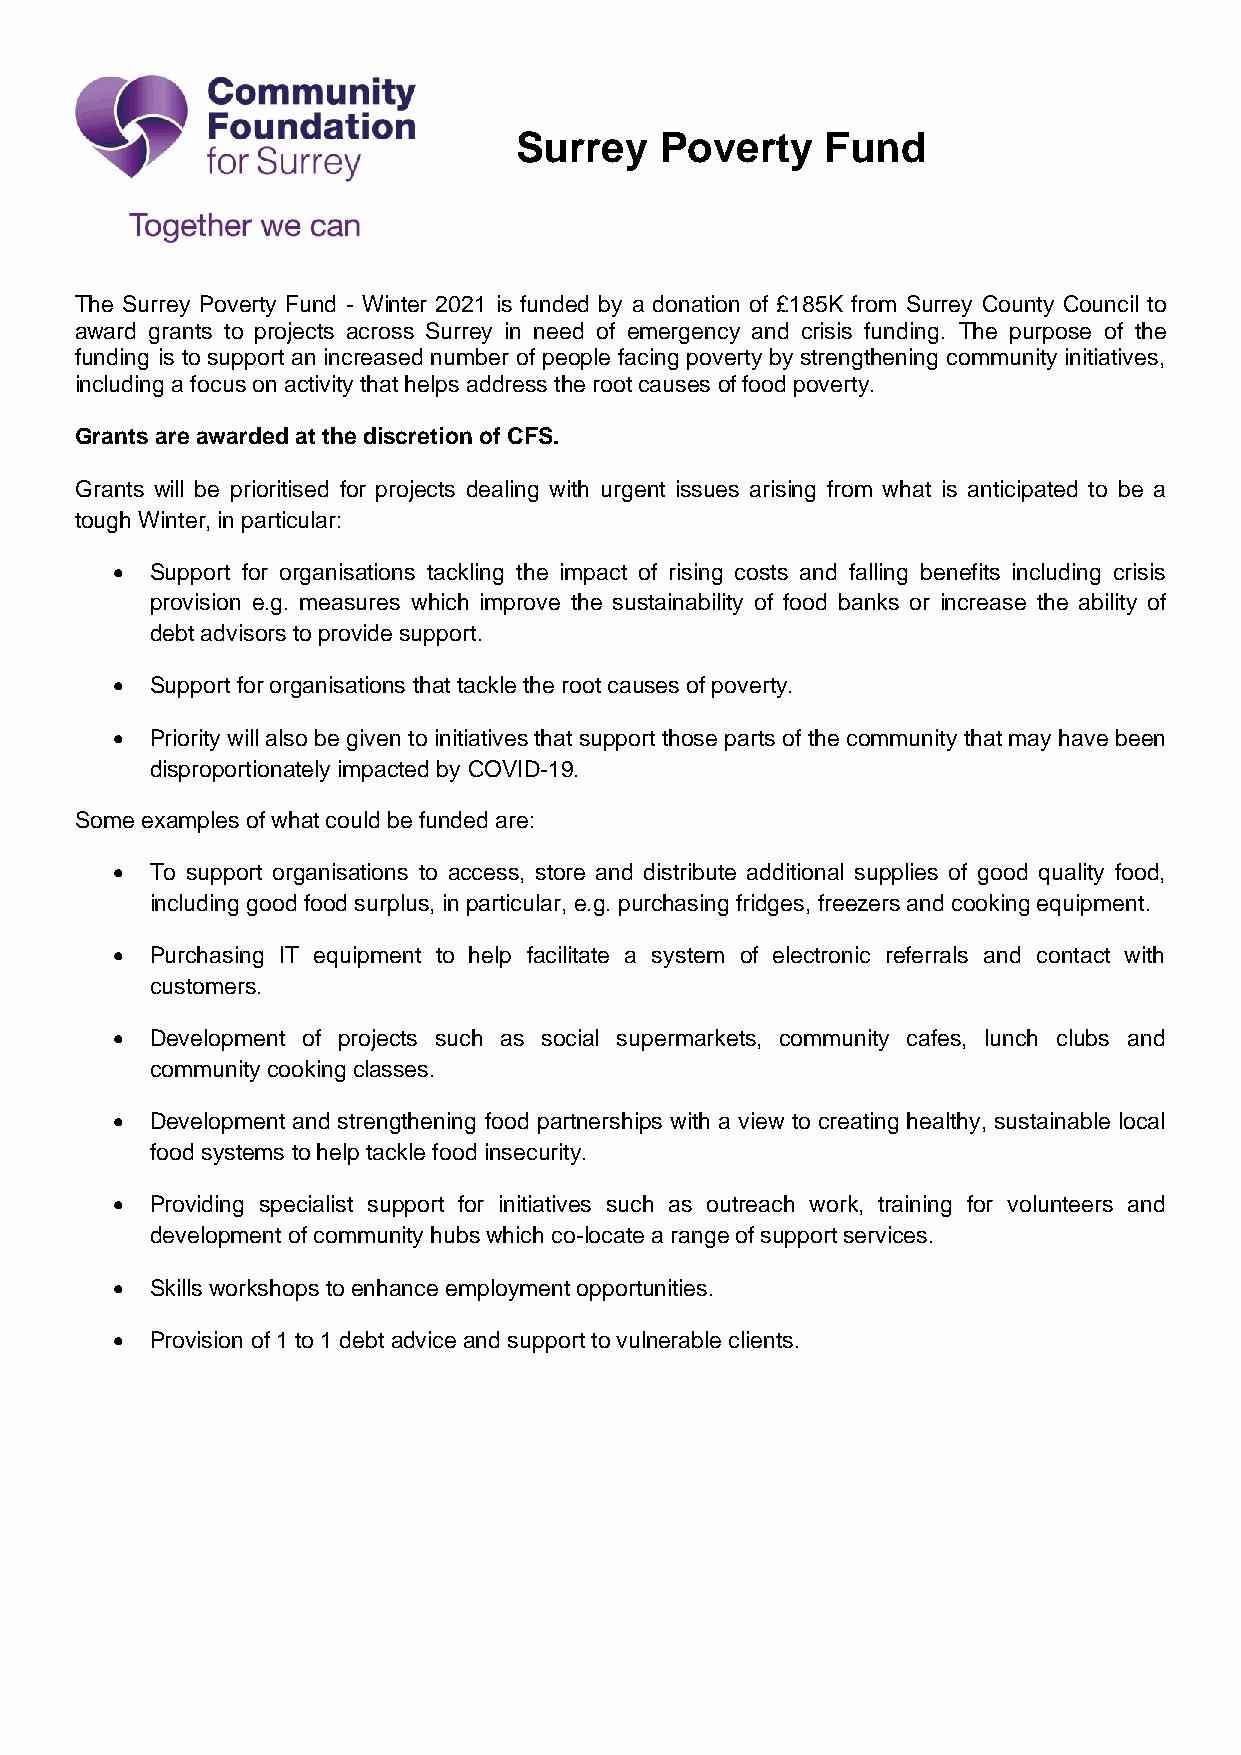
Surrey    Poverty    Fund
 The Surrey Poverty Fund - Winter 2021 is funded by a donation of £185K from Surrey County Council to
 award grants to projects across Surrey in need of emergency and crisis funding. The purpose of the
 funding is to support an increased number of people facing poverty by strengthening community initiatives,
 including a focus on activity that helps address the root causes of food poverty.
 Grants are awarded at the discretion of CFS.
 Grants will be prioritised for projects dealing with urgent issues arising from what is anticipated to be a
 tough Winter, in particular:
 •  Support for organisations tackling the impact of rising costs and falling benefits including crisis
 provision e.g. measures which improve the sustainability of food banks or increase the ability of
 debt advisors to provide support.
 •  Support for organisations that tackle the root causes of poverty.
 •  Priority will also be given to initiatives that support those parts of the community that may have been
 disproportionately impacted by COVID-19.
 Some examples of what could be funded are:
 •  To support organisations to access, store and distribute additional supplies of good quality food,
 including good food surplus, in particular, e.g. purchasing fridges, freezers and cooking equipment.
 •  Purchasing IT equipment to help facilitate a system of electronic referrals and contact with
 customers.
 •  Development of projects such as social supermarkets, community cafes, lunch clubs and
 community cooking classes.
 •  Development and strengthening food partnerships with a view to creating healthy, sustainable local
 food systems to help tackle food insecurity.
 •  Providing specialist support for initiatives such as outreach work, training for volunteers and
 development of community hubs which co-locate a range of support services.
 •  Skills workshops to enhance employment opportunities.
 •  Provision of 1 to 1 debt advice and support to vulnerable clients.